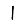
Digit: 1